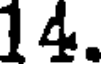
14.